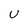
Character: U